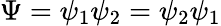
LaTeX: \Psi=\psi_{1}\psi_{2}=\psi_{2}\psi_{1}